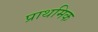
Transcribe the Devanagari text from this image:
प्राथमिक